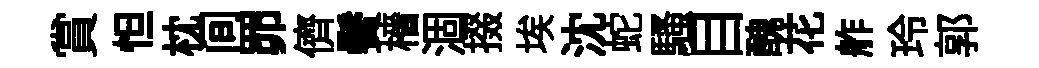
賞怛枕间𦊑儕鬢檣涸掇埃沈蛇騷目醜花舴玲郭